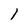
Character: 1